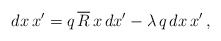
\begin{align*}dx\,x'=q\,\overline{R}\,x\,dx'-\lambda \,q\,dx\,x'\,, \end{align*}